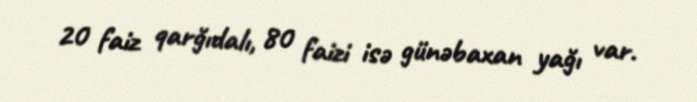
20 faiz qarğıdalı, 80 faizi isə günəbaxan yağı var.